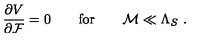
\frac { \partial V } { \partial { \cal F } } = 0 \quad \quad \mathrm { f o r } \quad \quad { \cal M } \ll { \Lambda _ { S } } \ .